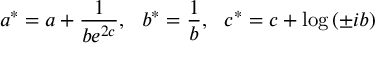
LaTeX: a ^ { * } = a + \frac { 1 } { b e ^ { 2 c } } , \: \: \: b ^ { * } = \frac { 1 } { b } , \: \: \: c ^ { * } = c + \log \left( \pm i b \right)